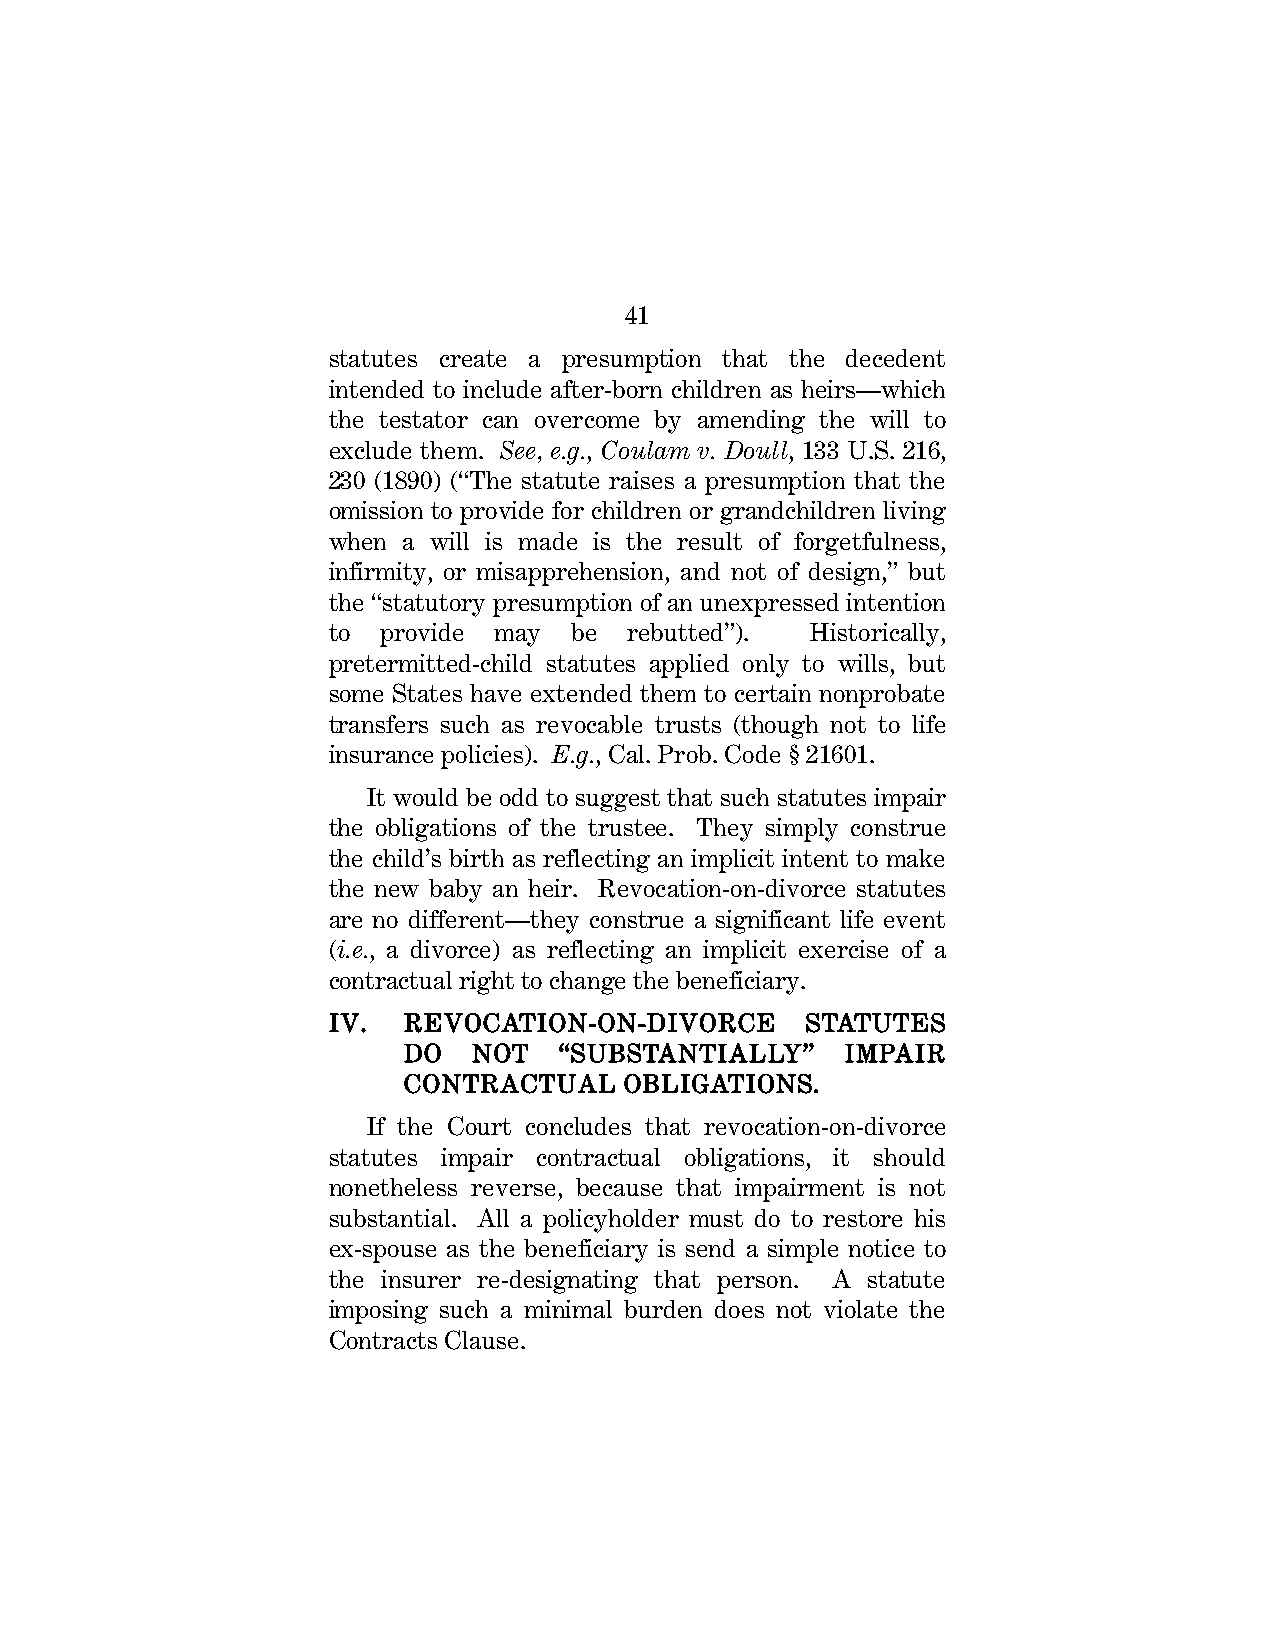
41
 statutes create a presumption that the decedent
 intended to include after-born children as heirs—which
 the testator can overcome by amending the will to
 exclude them. See, e.g., Coulam v. Doull, 133 U.S. 216,
 230 (1890) (“The statute raises a presumption that the
 omission to provide for children or grandchildren living
 when a will is made is the result of forgetfulness,
 infirmity, or misapprehension, and not of design,” but
 the “statutory presumption of an unexpressed intention
 to provide may  be  rebutted”). Historically,
 pretermitted-child statutes applied only to wills, but
 some States have extended them to certain nonprobate
 transfers such as revocable trusts (though not to life
 insurance policies). E.g., Cal. Prob. Code § 21601.
 It would be odd to suggest that such statutes impair
 the obligations of the trustee. They simply construe
 the child’s birth as reflecting an implicit intent to make
 the new baby an heir. Revocation-on-divorce statutes
 are no different—they construe a significant life event
 (i.e., a divorce) as reflecting an implicit exercise of a
 contractual right to change the beneficiary.
 IV.  REVOCATION-ON-DIVORCE     STATUTES
 DO  NOT   “SUBSTANTIALLY”    IMPAIR
 CONTRACTUAL   OBLIGATIONS.
 If the Court concludes that revocation-on-divorce
 statutes impair contractual obligations, it should
 nonetheless reverse, because that impairment is not
 substantial. All a policyholder must do to restore his
 ex-spouse as the beneficiary is send a simple notice to
 the insurer re-designating that person. A statute
 imposing such a minimal burden does not violate the
 Contracts Clause.